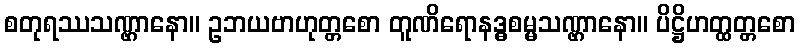
စတုရဿသဏ္ဌာနော။ ဥဘယဗာဟုတ္တစော တူဏိရောနဒ္ဓစမ္မသဏ္ဌာနော။ ပိဋ္ဌိဟတ္ထတ္တစော